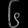
Digit: ၆